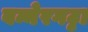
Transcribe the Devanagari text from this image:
बन्नेरगट्टा